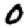
Digit: 0